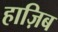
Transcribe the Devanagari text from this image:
हाज़िब